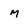
Character: m